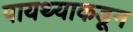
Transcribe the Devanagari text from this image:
पायथ्याकडून